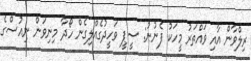
ރިލްވާން އާއި ވައްތަރު މީހަކު ފެނުނު: ސީޕީ ވަހީދުގެއްލިގެން ހޯދާ މިނިވަން ނިއުސްގެ